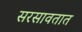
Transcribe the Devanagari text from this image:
सरसावतात